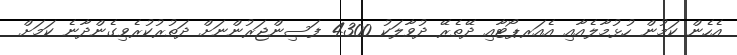
އެހެން ކަމުން ހުޅުމާލެއާއި އެއަރޕޯޓާއި ދޭތެރޭ ދުވާލަކު 4300 ފަސިންޖަރުންނަށް ދަތުރުކުރެވިގެންދާނެ ކަމަށް